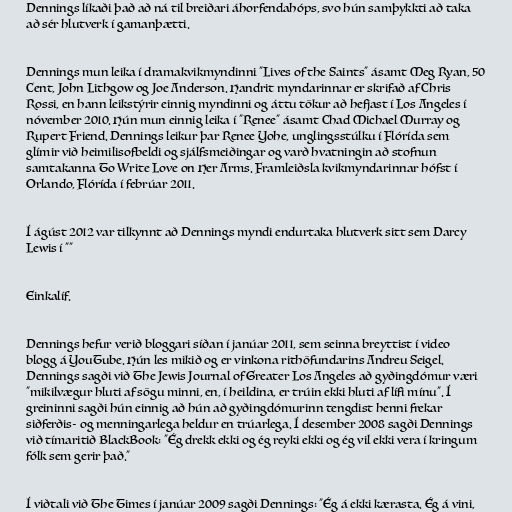
Dennings líkaði það að ná til breiðari áhorfendahóps, svo hún samþykkti að taka
að sér hlutverk í gamanþætti.

Dennings mun leika í dramakvikmyndinni "Lives of the Saints" ásamt Meg Ryan, 50
Cent, John Lithgow og Joe Anderson. Handrit myndarinnar er skrifað af Chris
Rossi, en hann leikstýrir einnig myndinni og áttu tökur að hefjast í Los Angeles í
nóvember 2010. Hún mun einnig leika í "Renee" ásamt Chad Michael Murray og
Rupert Friend. Dennings leikur þar Renee Yohe, unglingsstúlku í Flórída sem
glímir við heimilisofbeldi og sjálfsmeiðingar og varð hvatningin að stofnun
samtakanna To Write Love on Her Arms. Framleiðsla kvikmyndarinnar hófst í
Orlando, Flórída í febrúar 2011.

Í ágúst 2012 var tilkynnt að Dennings myndi endurtaka hlutverk sitt sem Darcy
Lewis í ""

Einkalíf.

Dennings hefur verið bloggari síðan í janúar 2011, sem seinna breyttist í video
blogg á YouTube. Hún les mikið og er vinkona rithöfundarins Andreu Seigel.
Dennings sagði við The Jewis Journal of Greater Los Angeles að gyðingdómur væri
"mikilvægur hluti af sögu minni, en, í heildina, er trúin ekki hluti af lífi mínu". Í
greininni sagði hún einnig að hún að gyðingdómurinn tengdist henni frekar
siðferðis- og menningarlega heldur en trúarlega. Í desember 2008 sagði Dennings
við tímaritið BlackBook: "Ég drekk ekki og ég reyki ekki og ég vil ekki vera í kringum
fólk sem gerir það."

Í viðtali við The Times í janúar 2009 sagði Dennings: "Ég á ekki kærasta. Ég á vini,